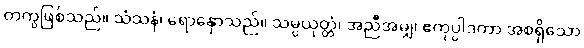
တကွဖြစ်သည်။ သံသနံ၊ ရောနှောသည်။ သမ္ပယုတ္တံ၊ အညီအမျှ၊ ဧကုပ္ပါဒတာ အစရှိသော